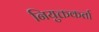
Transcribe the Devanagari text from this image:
नियुक्तकर्ता